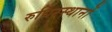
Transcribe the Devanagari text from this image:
रुधिरस्थानों